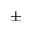
\pm